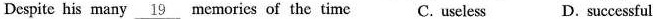
Despite his many \underline{19} memories of the time C. useless D. successful